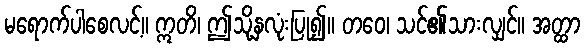
မရောက်ပါစေလင့်။ ဣတိ၊ ဤသို့နှလုံးပြု၍။ တဝေ၊ သင်၏သားလျှင်။ အတ္ထာ